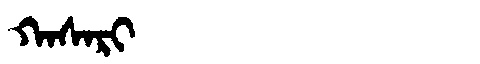
Manchu: ᡴᠠᠰᠠᡵᡳ
Romanization: KASARI